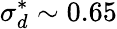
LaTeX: \sigma_{d}^{*}\sim 0.65